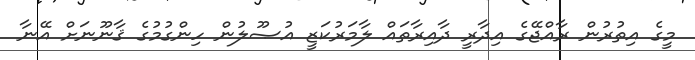
މީގެ އިތުރުން ރާއްޖޭގެ އިދާރީ ދާއިރާތައް ލާމަރުކަޒީ އުޞޫލުން ހިންގުމުގެ ޤާނޫނަށް އޭނާ